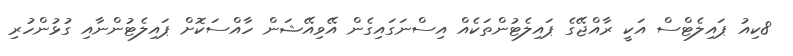
8ކިއު ޕައިލެޓްސް އަކީ ރާއްޖޭގެ ޕައިލެޓުންތަކެއް އިސްނަގައިގެން އޭވިއޭޝަން ހާއްސަކޮށް ޕައިލެޓުންނާއި ގުޅުންހުރި